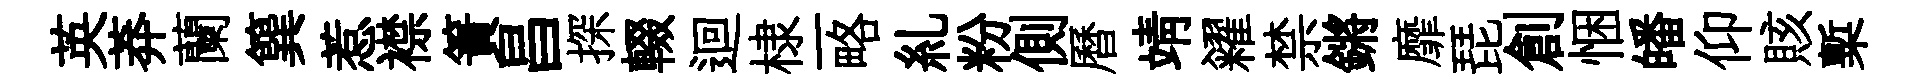
英莽蘭簨惹襟簀昌探輟迴棣一略糺粉側曆靖糴禁鏘靡琵創悃皤仰賅槧